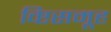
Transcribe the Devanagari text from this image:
व्ष्टिसमूह